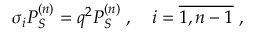
\sigma _ { i } P _ { S } ^ { ( n ) } = q ^ { 2 } P _ { S } ^ { ( n ) } \; , \quad i = \overline { { { 1 , n - 1 } } } \; ,